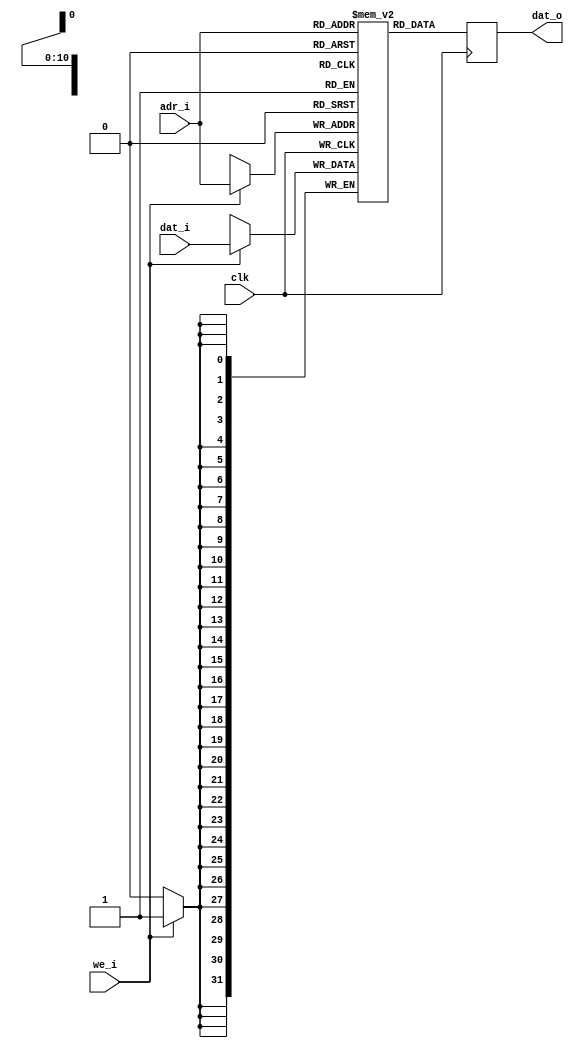
module ram (dat_i, dat_o, adr_i, we_i, clk );

   parameter dat_width = 32;
   parameter adr_width = 11;
   parameter mem_size  = 2048;
   
   input [dat_width-1:0]      dat_i;
   input [adr_width-1:0]      adr_i;
   input 		      we_i;
   output reg [dat_width-1:0] dat_o;
   input 		      clk;   

   reg [dat_width-1:0] ram [0:mem_size - 1] /* synthesis ram_style = no_rw_check */;
   
   always @ (posedge clk)
     begin 
	dat_o <= ram[adr_i];
	if (we_i)
	  ram[adr_i] <= dat_i;
     end 

endmodule // ram